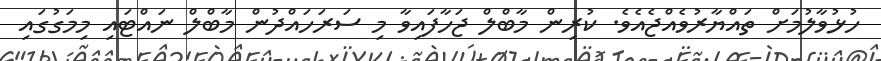
ހުޅުވާލުމަށް ތައްޔާރުވެއްޖެއެވެ. ކުރިން މާބްލް ޖަހާފައިވާ މި ސަރަހައްދުން މާބްލް ނައްޓައި މިމަގުގައި